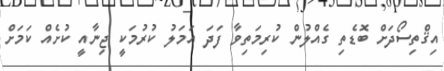
އިޤްތިސޯދަށް ބޮޑެތި ގެއްލުން ކުރިމަތިވާ ފަދަ އަމަލު ކުރުމަކީ ޖިނާއީ ކުށެއް ކަމަށް